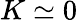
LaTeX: K\simeq 0